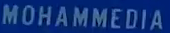
MOHAMMEDIA